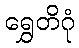
ရွှေတိဂုံ